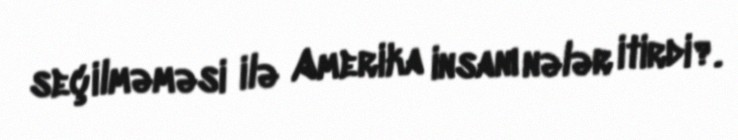
seçilməməsi ilə Amerika insanı nələr itirdi?.